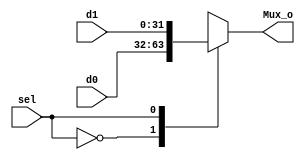
module mux2to1
#(
	parameter N = 32
)
(
	input				  sel,
	input		[N-1:0] d0,
	input		[N-1:0] d1,	
	output reg [N-1:0] Mux_o
);

	always @(*) begin
		case (sel)
			0 : Mux_o = d0;
			1 : Mux_o = d1;
			endcase
		end
	endmodule